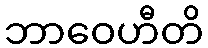
ဘာဝေဟီတိ